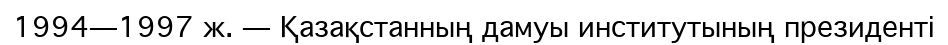
1994—1997 ж. — Қазақстанның дамуы институтының президенті